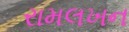
રામલખન